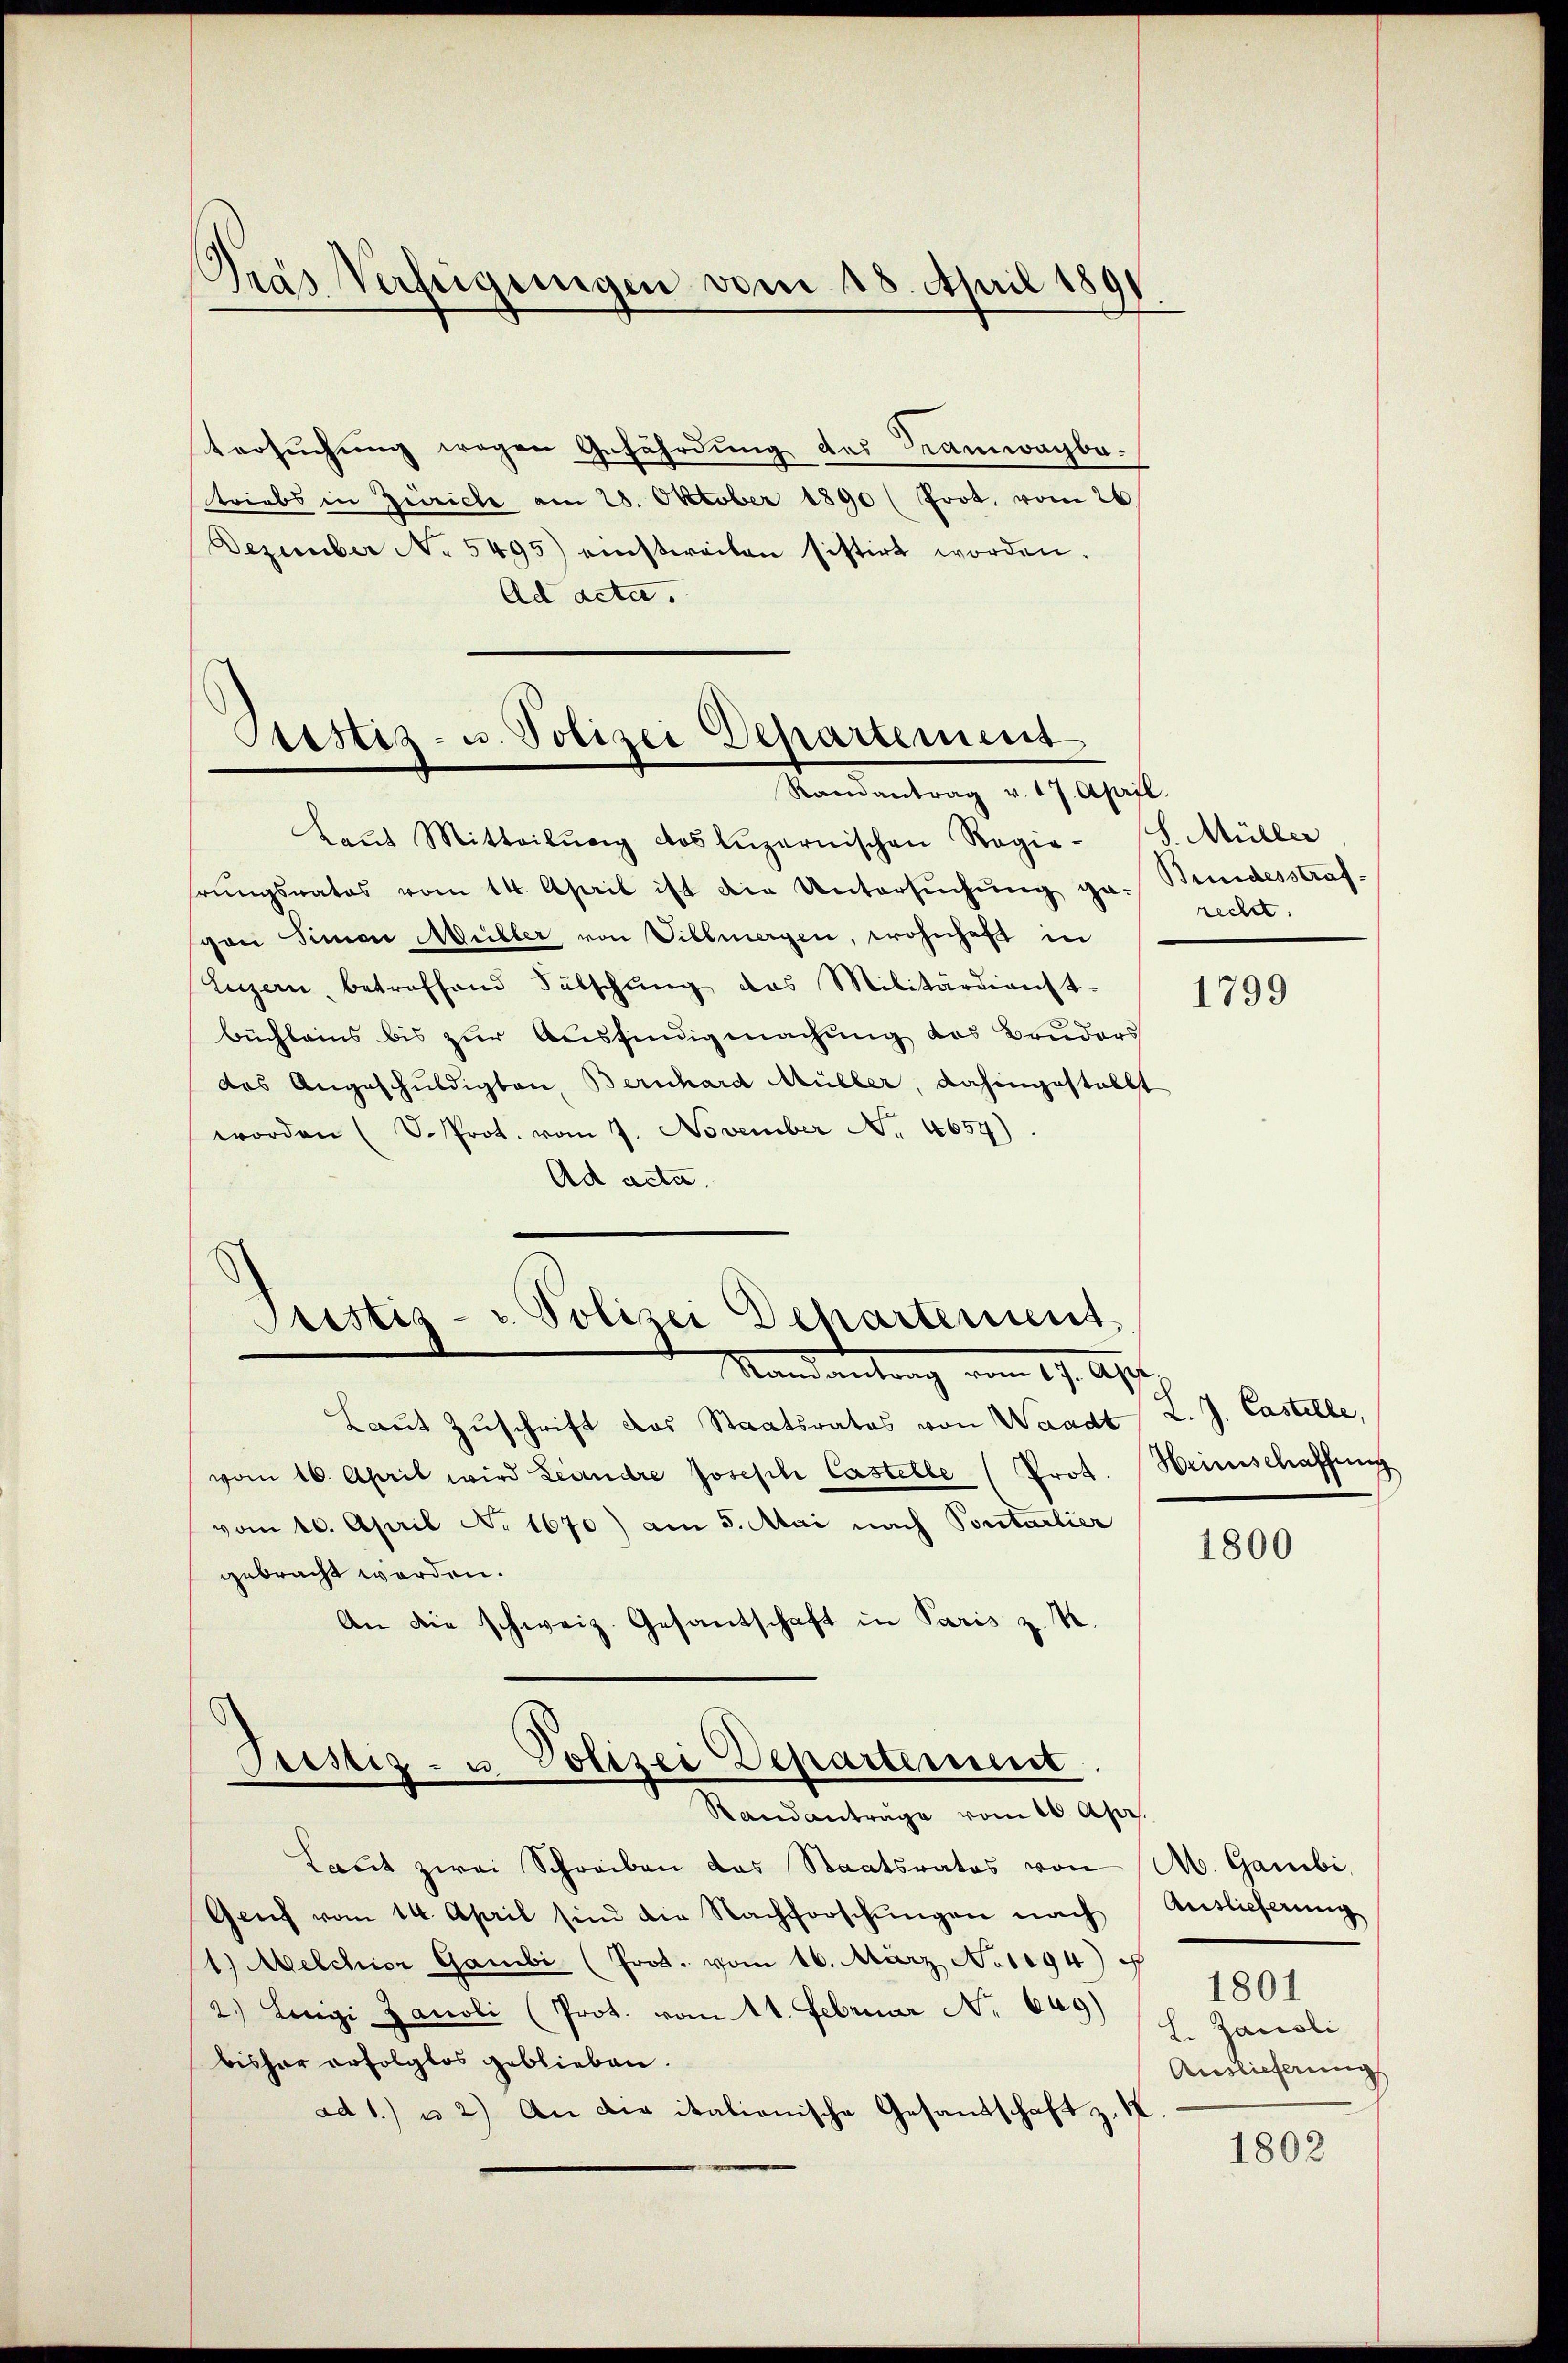
Pras Verfügungen vom 28. April 1891

tersuchung wegen Gefährdung des Ramwagbatriebs in Zürich am 28. Oktober 1890 (Prot. vom 26
Dezember No. 5495) einstweilen sistirt worden.
Ad acta.

Sistiz- u. Polizei Departement
Ramantrag v. 17. April.

kaṅt Mitteilŭng des Luzernischen Regie-S. Müller
hrungsrates vom 14. April ist die Untersŭchŭng ga- Bundesstraf-
von Simon Müller von Villmergen, wohnhaft in
Luzern, betreffend Fälschŭng das Militärdienst-
büchleins bis zur Ausfindigmachung des Bruders
des Angeschuldigten, Bernhard Müller, dahingestellt
worden (S. Prot. vom 7. November No. 4659).
Ad acta.

Pristis- u Polizei Departement
Mandantrag vom 19. Apr

Laut Zuschrift das Staatsrates von Waadt L. J. Castelle,
vom 16. April wird Landre Joseph Castelle (Prot.
vom 10. April No 1670) am 5. Mai nach Portarlier
gebracht werden.
An die schweiz. Gesantschaft in Paris z. K.
Justiz- u Polizei Departement

Randanträge vom 10. Apr.

Laŭt zwei Schreiben das Staatsrates von A. Gambi,
Genf vom 14. April sind die Nachforschungen nach
1.) Melchior Gambi (Prot. vom 16. März No 1094) u
2.) Lengi Zanoli (Prot. vom 11. Februar No 609)
bisher erfolglos geblieben.
ad 1. u 2) An die italionische Gesandschaft z.

recht.

1799

Heimschaffung

1800

Auslieferung
L. Zacisli
Auslieferung

1801

1802